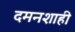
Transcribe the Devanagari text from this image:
दमनशाही